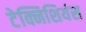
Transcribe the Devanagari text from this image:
टेक्निशियंस